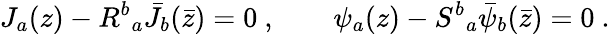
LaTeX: J_{a}(z)-{R^{b}}_{a}{\bar{J}}_{b}(\bar{z})=0~,\qquad\psi_{a}(z)-{S^{b}}_{a}{\bar{\psi}}_{b}(\bar{z})=0~.